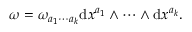
\begin{array} { r } { \omega = \omega _ { a _ { 1 } \cdots a _ { k } } \mathrm { d } x ^ { a _ { 1 } } \wedge \cdots \wedge \mathrm { d } x ^ { a _ { k } } . } \end{array}